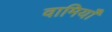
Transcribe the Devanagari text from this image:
वामियाँ